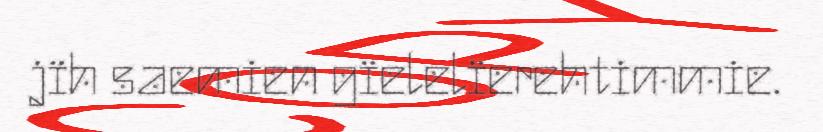
jïh saemien gïelelïerehtimmie.